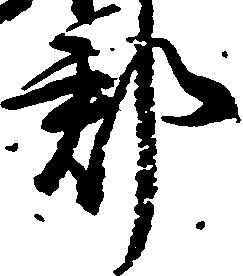
郡